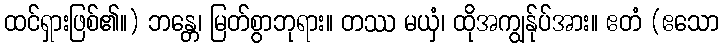
ထင်ရှားဖြစ်၏။) ဘန္တေ၊ မြတ်စွာဘုရား။ တဿ မယှံ၊ ထိုအကျွန်ုပ်အား။ ဧတံ (ဧသော